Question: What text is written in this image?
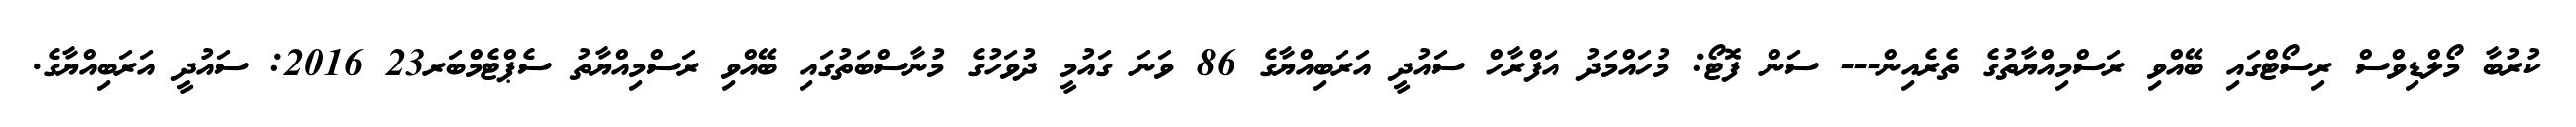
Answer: ކުރުބާ މޯލްޑިވްސް ރިސޯޓްގައި ބޭއްވި ރަސްމިއްޔާތުގެ ތެރެއިން--- ސަން ފޮޓޯ: މުހައްމަދު އަފްރާހް ސައުދީ އަރަބިއްޔާގެ 86 ވަނަ ގައުމީ ދުވަހުގެ މުނާސްބަތުގައި ބޭއްވި ރަސްމިއްޔާތު ސެޕްޓެމްބަރ23 2016: ސައުދީ އަރަބިއްޔާގެ.